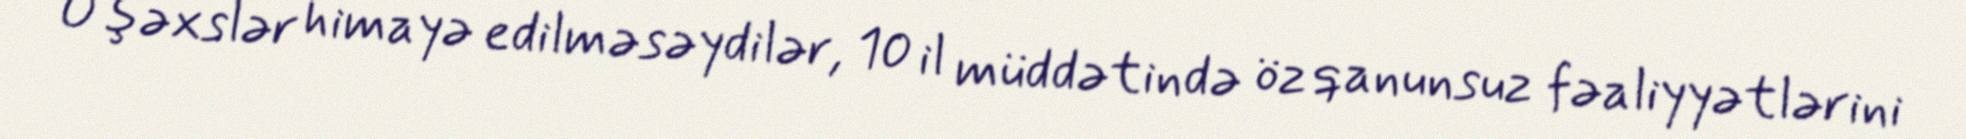
O şəxslər himayə edilməsəydilər, 10 il müddətində öz qanunsuz fəaliyyətlərini